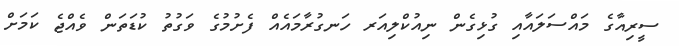
ސީރިއާގެ މައްސަލައާއި ގުޅިގެން ނިއުކްލިއަރ ހަނގުރާމައެއް ފެށުމުގެ ވަގުތު ކުޑަތަން ވެއްޖެ ކަމަށް